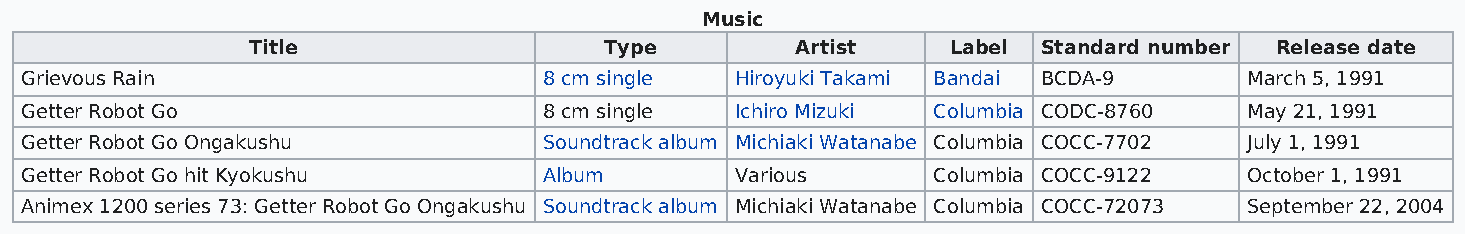
Music
 Title                   Type         Artist    Label Standard number Release date
 Grievous Rain                      8 cm single  Hiroyuki Takami Bandai BCDA-9     March 5, 1991
 Getter Robot Go                    8 cm single  Ichiro Mizuki Columbia CODC-8760  May 21, 1991
 Getter Robot Go Ongakushu          Soundtrack album Michiaki Watanabe Columbia COCC-7702 July 1, 1991
 Getter Robot Go hit Kyokushu       Album        Various      Columbia COCC-9122   October 1, 1991
 Animex 1200 series 73: Getter Robot Go Ongakushu Soundtrack album Michiaki Watanabe Columbia COCC-72073 September 22, 2004